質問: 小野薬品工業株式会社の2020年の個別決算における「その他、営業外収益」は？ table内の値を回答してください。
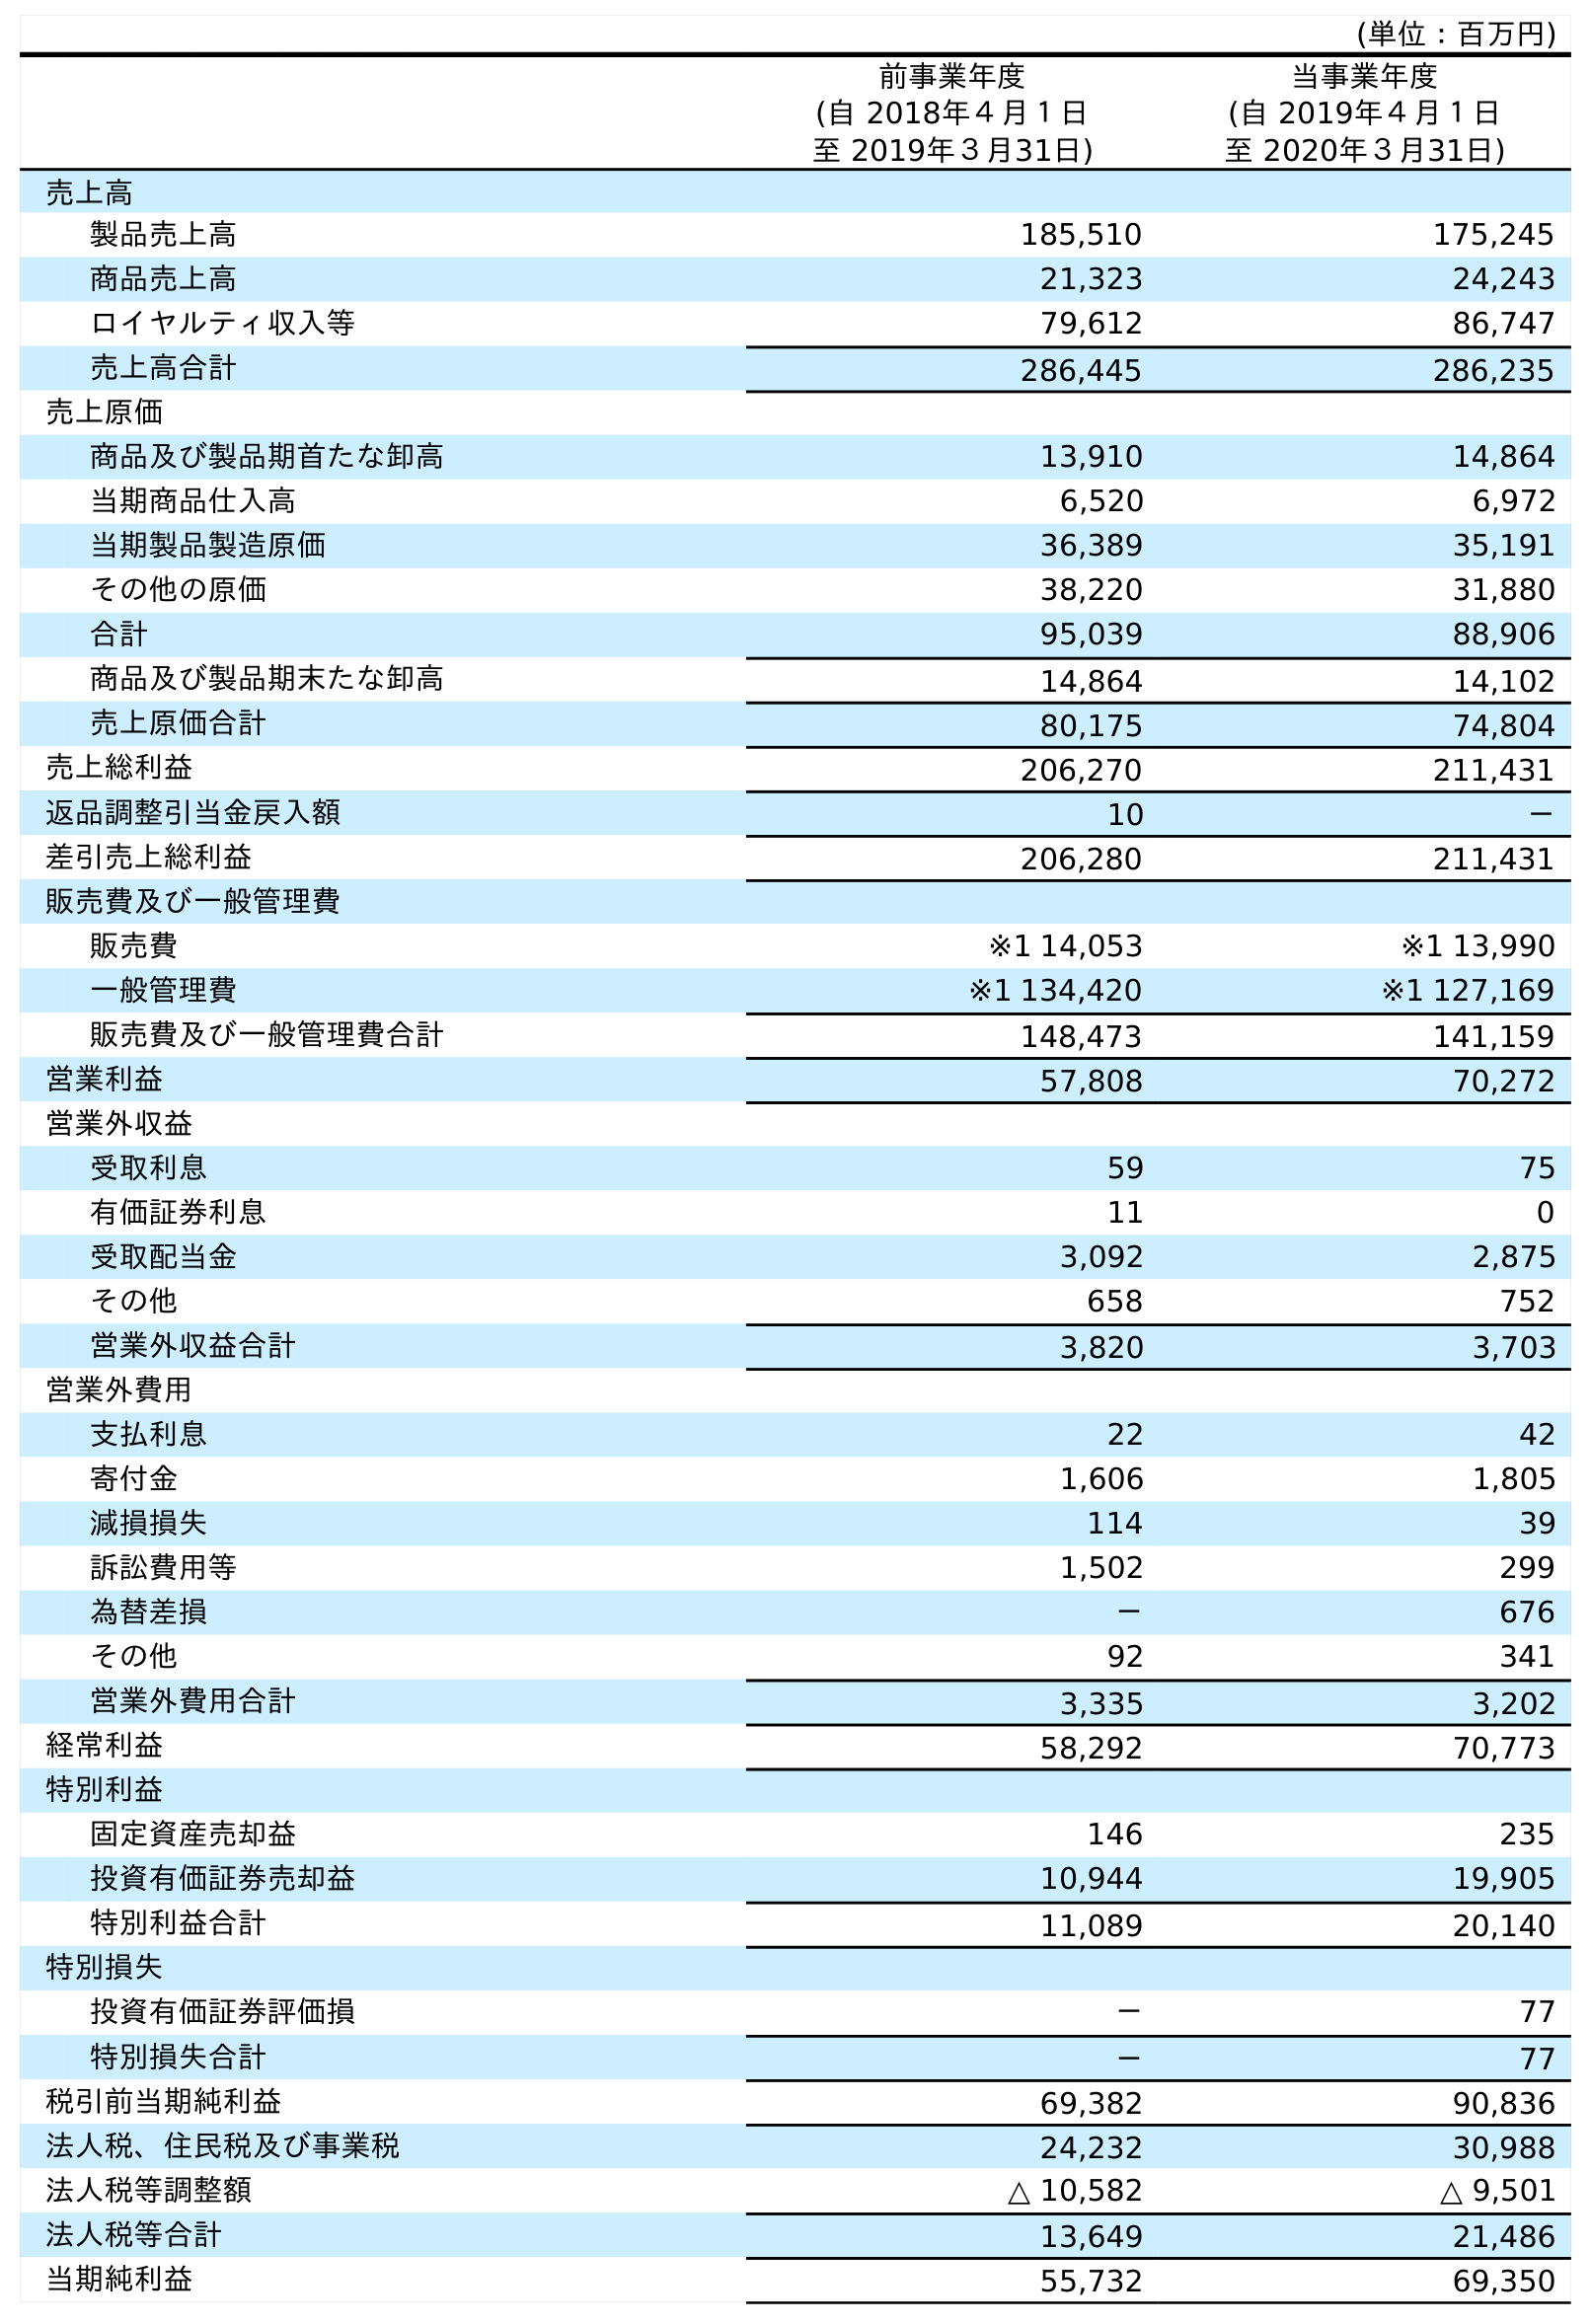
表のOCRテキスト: (単位：百万円) 前事業年度 (自 2018年４月１日 至 2019年３月31日) 当事業年度 (自 2019年４月１日 至 2020年３月31日) 売上高 製品売上高 185,510 175,245 商品売上高 21,323 24,243 ロイヤルティ収入等 79,612 86,747 売上高合計 286,445 286,235 売上原価 商品及び製品期首たな卸高 13,910 14,864 当期商品仕入高 6,520 6,972 当期製品製造原価 36,389 35,191 その他の原価 38,220 31,880 合計 95,039 88,906 商品及び製品期末たな卸高 14,864 14,102 売上原価合計 80,175 74,804 売上総利益 206,270 211,431 返品調整引当金戻入額 10 － 差引売上総利益 206,280 211,431 販売費及び一般管理費 販売費 ※1 14,053 ※1 13,990 一般管理費 ※1 134,420 ※1 127,169 販売費及び一般管理費合計 148,473 141,159 営業利益 57,808 70,272 営業外収益 受取利息 59 75 有価証券利息 11 0 受取配当金 3,092 2,875 その他 658 752 営業外収益合計 3,820 3,703 営業外費用 支払利息 22 42 寄付金 1,606 1,805 減損損失 114 39 訴訟費用等 1,502 299 為替差損 － 676 その他 92 341 営業外費用合計 3,335 3,202 経常利益 58,292 70,773 特別利益 固定資産売却益 146 235 投資有価証券売却益 10,944 19,905 特別利益合計 11,089 20,140 特別損失 投資有価証券評価損 － 77 特別損失合計 － 77 税引前当期純利益 69,382 90,836 法人税、住民税及び事業税 24,232 30,988 法人税等調整額 △ 10,582 △ 9,501 法人税等合計 13,649 21,486 当期純利益 55,732 69,350
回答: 752